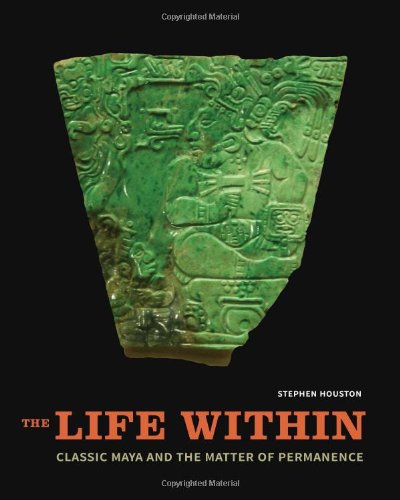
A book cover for The Life Within: Classic Maya and the Matter of Permanence; Stephen Houston; History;